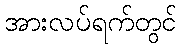
အားလပ်ရက်တွင်